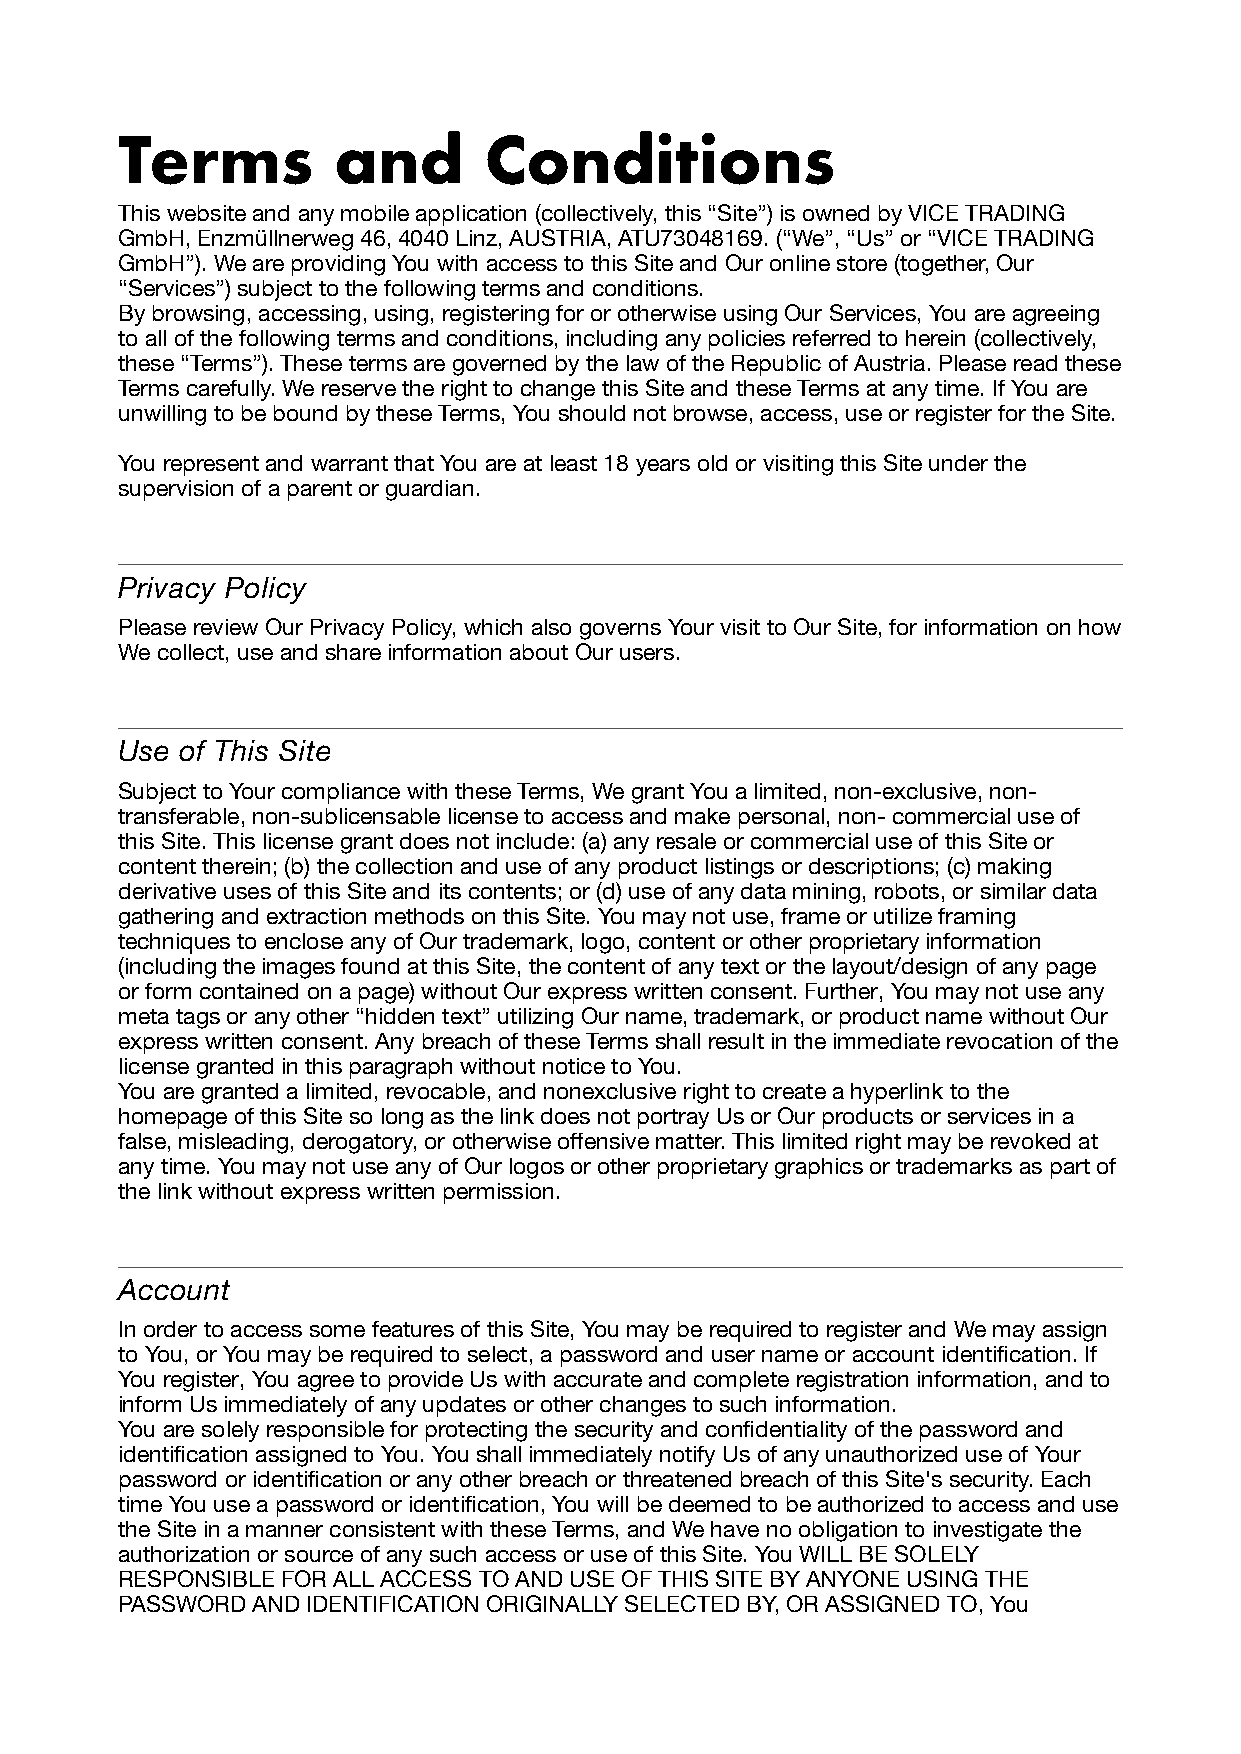
Terms         and       Conditions
 This website and any mobile application (collectively, this “Site”) is owned by VICE TRADING
 GmbH, Enzmüllnerweg 46, 4040 Linz, AUSTRIA, ATU73048169. (“We”, “Us” or “VICE TRADING
 GmbH”). We are providing You with access to this Site and Our online store (together, Our
 “Services”) subject to the following terms and conditions.
 By browsing, accessing, using, registering for or otherwise using Our Services, You are agreeing
 to all of the following terms and conditions, including any policies referred to herein (collectively,
 these “Terms”). These terms are governed by the law of the Republic of Austria. Please read these
 Terms carefully. We reserve the right to change this Site and these Terms at any time. If You are
 unwilling to be bound by these Terms‚ You should not browse, access‚ use or register for the Site.
 You represent and warrant that You are at least 18 years old or visiting this Site under the
 supervision of a parent or guardian.
 Privacy Policy
 Please review Our Privacy Policy, which also governs Your visit to Our Site, for information on how
 We collect, use and share information about Our users.
 Use of This Site
 Subject to Your compliance with these Terms‚ We grant You a limited‚ non-exclusive‚ non-
 transferable‚ non-sublicensable license to access and make personal‚ non- commercial use of
 this Site. This license grant does not include: (a) any resale or commercial use of this Site or
 content therein; (b) the collection and use of any product listings or descriptions; (c) making
 derivative uses of this Site and its contents; or (d) use of any data mining‚ robots‚ or similar data
 gathering and extraction methods on this Site. You may not use‚ frame or utilize framing
 techniques to enclose any of Our trademark‚ logo‚ content or other proprietary information
 (including the images found at this Site‚ the content of any text or the layout/design of any page
 or form contained on a page) without Our express written consent. Further‚ You may not use any
 meta tags or any other “hidden text” utilizing Our name‚ trademark‚ or product name without Our
 express written consent. Any breach of these Terms shall result in the immediate revocation of the
 license granted in this paragraph without notice to You.
 You are granted a limited, revocable, and nonexclusive right to create a hyperlink to the
 homepage of this Site so long as the link does not portray Us or Our products or services in a
 false, misleading, derogatory, or otherwise offensive matter. This limited right may be revoked at
 any time. You may not use any of Our logos or other proprietary graphics or trademarks as part of
 the link without express written permission.
 Account
 In order to access some features of this Site‚ You may be required to register and We may assign
 to You, or You may be required to select, a password and user name or account identification. If
 You register‚ You agree to provide Us with accurate and complete registration information‚ and to
 inform Us immediately of any updates or other changes to such information.
 You are solely responsible for protecting the security and confidentiality of the password and
 identification assigned to You. You shall immediately notify Us of any unauthorized use of Your
 password or identification or any other breach or threatened breach of this Site's security. Each
 time You use a password or identification, You will be deemed to be authorized to access and use
 the Site in a manner consistent with these Terms, and We have no obligation to investigate the
 authorization or source of any such access or use of this Site. You WILL BE SOLELY
 RESPONSIBLE FOR ALL ACCESS TO AND USE OF THIS SITE BY ANYONE USING THE
 PASSWORD AND IDENTIFICATION ORIGINALLY SELECTED BY, OR ASSIGNED TO, You